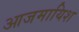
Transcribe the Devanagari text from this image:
आजमायिश